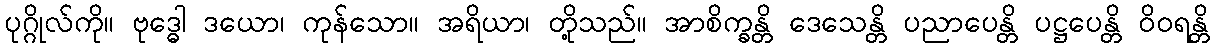
ပုဂ္ဂိုလ်ကို။ ဗုဒ္ဓေါ ဒယော၊ ကုန်သော။ အရိယာ၊ တို့သည်။ အာစိက္ခန္တိ ဒေသေန္တိ ပညာပေန္တိ ပဋ္ဌပေန္တိ ဝိဝရန္တိ